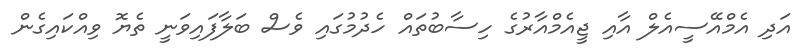
އަދި އެމްއޭސީއެލް އާއި ޖީއެމްއާރުގެ ހިސާބުތައް ހެދުމުގައި ވެސް ބަލާފައިވަނީ ތެޔޮ ވިއްކައިގެން